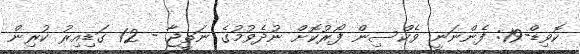
ކޮވިޑް-19: ފެންނަނީ ވެކްސިން ފޯރުކޮށް ނުދެވުމުގެ ނަތީޖާ - 12 ގަޑިއިރު ކުރިން